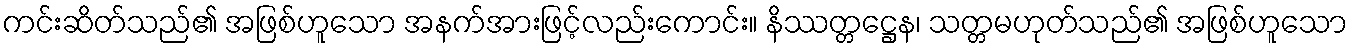
ကင်းဆိတ်သည်၏ အဖြစ်ဟူသော အနက်အားဖြင့်လည်းကောင်း။ နိဿတ္တဋ္ဌေန၊ သတ္တမဟုတ်သည်၏ အဖြစ်ဟူသော